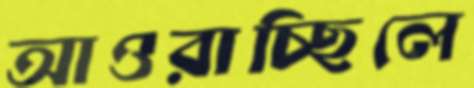
আওরাচ্ছিলে